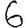
Digit: 6